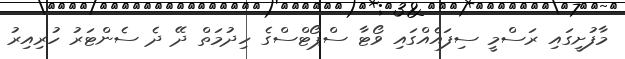
މާފުށީގައި ރަސްމީ ސިފައެއްގައި ވޯޓާ ސްޕޯޓްސްގެ ހިދުމަތް ދޭ ދެ ސެންޓަރު ހުރިއިރު